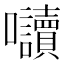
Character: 𭍏